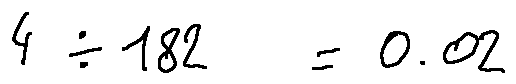
4 \div 1 8 2 = 0 . 0 2